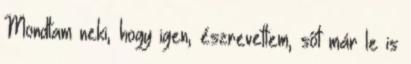
Mondtam neki, hogy igen, észrevettem, sőt már le is